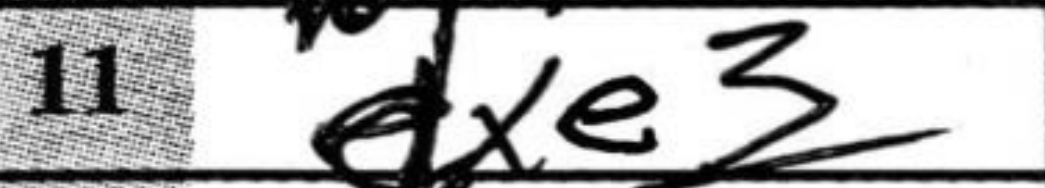
Transcription: dxe3